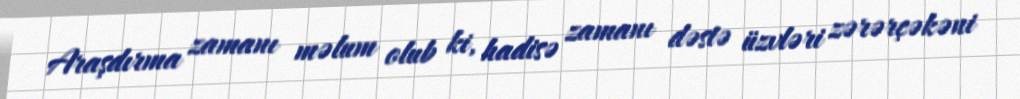
Araşdırma zamanı məlum olub ki, hadisə zamanı dəstə üzvləri zərərçəkəni